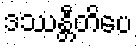
ဒဿန္တီတိပေ